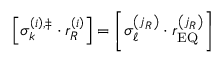
\left[ \sigma _ { k } ^ { \left( i \right) , \ddag } \cdot r _ { R } ^ { \left( i \right) } \right] = \left[ \sigma _ { \ell } ^ { \left( j _ { R } \right) } \cdot r _ { \mathrm { E Q } } ^ { \left( j _ { R } \right) } \right]